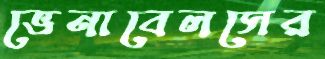
ভেনাবেলসের